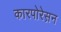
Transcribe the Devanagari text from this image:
कारपोरेस़न